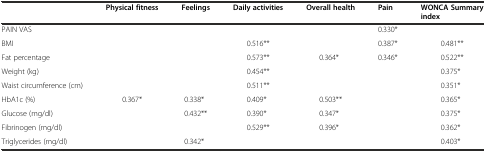
<table><thead><tr><td></td><td><b>Physical fitness</b></td><td><b>Feelings</b></td><td><b>Daily activities</b></td><td><b>Overall health</b></td><td><b>Pain</b></td><td><b>WONCA Summary index</b></td></tr></thead><tbody><tr><td>PAIN VAS</td><td></td><td></td><td></td><td></td><td>0.330*</td><td></td></tr><tr><td>BMI</td><td></td><td></td><td>0.516**</td><td></td><td>0.387*</td><td>0.481**</td></tr><tr><td>Fat percentage</td><td></td><td></td><td>0.573**</td><td>0.364*</td><td>0.346*</td><td>0.522**</td></tr><tr><td>Weight (kg)</td><td></td><td></td><td>0.454**</td><td></td><td></td><td>0.375*</td></tr><tr><td>Waist circumference (cm)</td><td></td><td></td><td>0.511**</td><td></td><td></td><td>0.351*</td></tr><tr><td>HbA1c (%)</td><td>0.367*</td><td>0.338*</td><td>0.409*</td><td>0.503**</td><td></td><td>0.365*</td></tr><tr><td>Glucose (mg/dl)</td><td></td><td>0.432**</td><td>0.390*</td><td>0.347*</td><td></td><td>0.375*</td></tr><tr><td>Fibrinogen (mg/dl)</td><td></td><td></td><td>0.529**</td><td>0.396*</td><td></td><td>0.362*</td></tr><tr><td>Triglycerides (mg/dl)</td><td></td><td>0.342*</td><td></td><td></td><td></td><td>0.403*</td></tr></tbody></table>